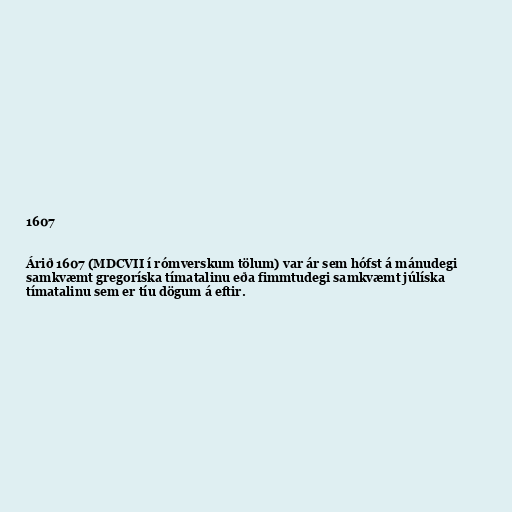
1607

Árið 1607 (MDCVII í rómverskum tölum) var ár sem hófst á mánudegi
samkvæmt gregoríska tímatalinu eða fimmtudegi samkvæmt júlíska
tímatalinu sem er tíu dögum á eftir.